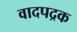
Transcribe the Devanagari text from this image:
वादपद्रक